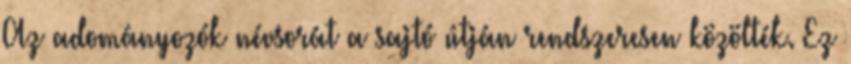
Az adományozók névsorát a sajtó útján rendszeresen közölték. Ez